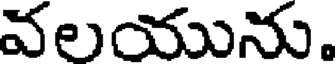
వలయును.